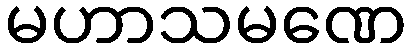
မဟာသမဏေ